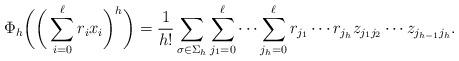
LaTeX: \begin{align*}\Phi_h\bigg( \bigg( \sum_{i=0}^\ell r_i x_i \bigg)^h \bigg) = \frac1{h!} \sum_{\sigma\in\Sigma_h} \sum_{j_1=0}^\ell \cdots \sum_{j_h=0}^\ell r_{j_1} \cdots r_{j_h} z_{j_1j_2} \cdots z_{j_{h-1}j_h}.\end{align*}